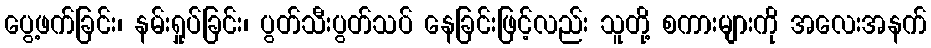
ပွေ့ဖက်ခြင်း၊ နမ်းရှုပ်ခြင်း၊ ပွတ်သီးပွတ်သပ် နေခြင်းဖြင့်လည်း သူတို့ စကားများကို အလေးအနက်